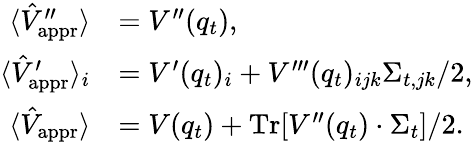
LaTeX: \begin{array}{rl}{\langle\hat{V}_{\mathrm{appr}}^{\prime\prime}\rangle}&{=V^{\prime\prime}(q_{t}),}\\ {\langle\hat{V}_{\mathrm{appr}}^{\prime}\rangle_{i}}&{=V^{\prime}(q_{t})_{i}+V^{\prime\prime\prime}(q_{t})_{ijk}\Sigma_{t,jk}/2,}\\ {\langle\hat{V}_{\mathrm{appr}}\rangle}&{=V(q_{t})+\operatorname{Tr}[V^{\prime\prime}(q_{t})\cdot\Sigma_{t}]/2.}\end{array}